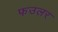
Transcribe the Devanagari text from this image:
फउलर